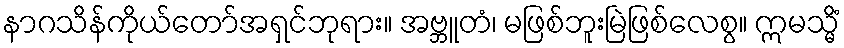
နာဂသိန်ကိုယ်တော်အရှင်ဘုရား။ အဗ္ဘူတံ၊ မဖြစ်ဘူးမြဲဖြစ်လေစွ။ ဣမသ္မိံ